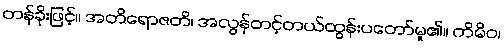
တန်ခိုးဖြင့်။ အတိရောဇတိ၊ အလွန်တင့်တယ်ထွန်းပတော်မူ၏။ ကိမိဝ၊